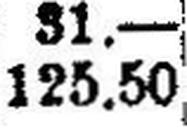
125.50